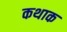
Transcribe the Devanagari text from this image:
कथाक